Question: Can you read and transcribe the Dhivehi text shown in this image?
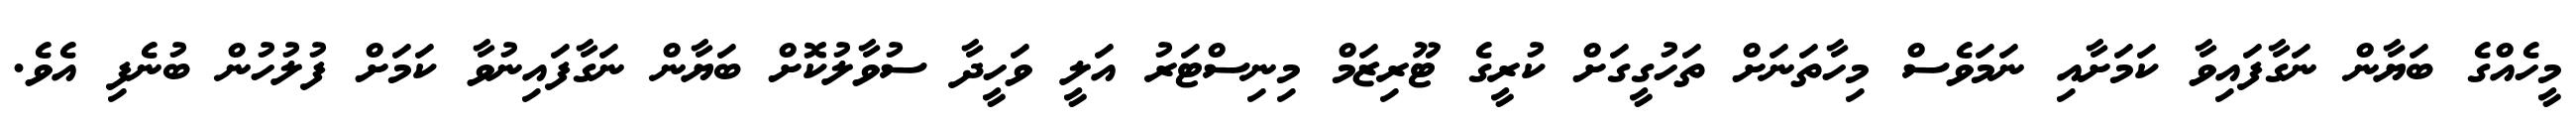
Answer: މީހެއްގެ ބަޔާން ނަގާފައިވާ ކަމަށާއި ނަމަވެސް މިހާތަނަށް ތަހުގީގަށް ކުރީގެ ޓޫރިޒަމް މިނިސްޓަރު އަލީ ވަހީދާ ސުވާލުކޮށް ބަޔާން ނަގާފައިނުވާ ކަމަށް ފުލުހުން ބުނެފި އެވެ.